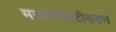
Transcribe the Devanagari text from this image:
मस्कोवाइटीकरण